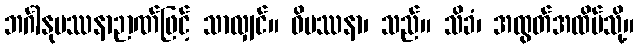
ဘင်္ဂါနုပဿနာဉာဏ်ဖြင့် သာလျှင်။ ဝိပဿနာ၊ သည်။ သိခံ၊ အထွတ်အထိပ်သို့။